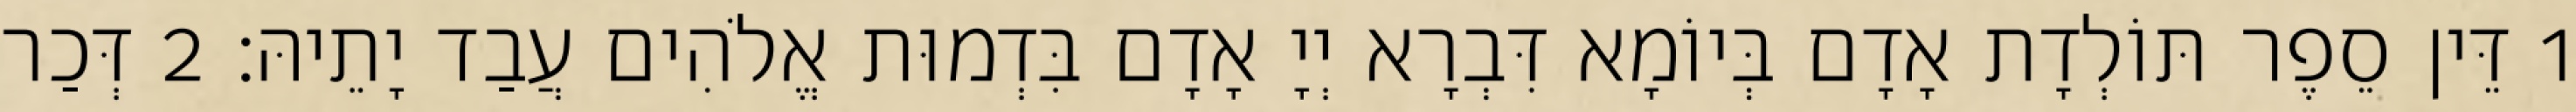
1 דֵּין סֵפֶר תּוֹלְדָת אָדָם בְּיוֹמָא דִּבְרָא יְיָ אָדָם בִּדְמוּת אֱלֹהִים עֲבַד יָתֵיהּ׃ 2 דְּכַר